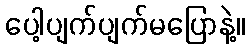
ပေါ့ပျက်ပျက်မပြောနဲ့။